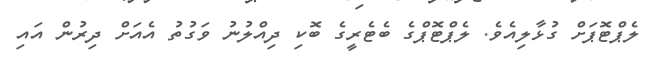
ލެޕްޓޮޕަށް ގުޅާލިއެވެ. ލެޕްޓޮޕްގެ ބެޓެރީގެ ބޮކި ދިއްލުނު ވަގުތު އެއަށް ދިރުން އައި